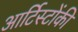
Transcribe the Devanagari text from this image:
आर्टिस्टोंकी